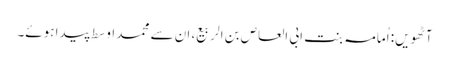
آٹھویں: اُمامہ بنت ابی العاص بن الربیع، ان سے محمد اوسط پیدا ہوئے۔